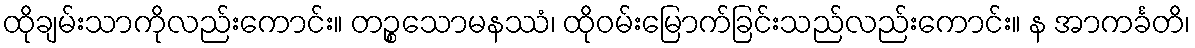
ထိုချမ်းသာကိုလည်းကောင်း။ တဉ္စသောမနဿံ၊ ထိုဝမ်းမြောက်ခြင်းသည်လည်းကောင်း။ န အာကင်္ခတိ၊